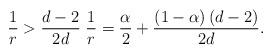
LaTeX: \begin{align*}\frac{1}{r}>\frac{d-2}{2d}\;\frac{1}{r}=\frac{\alpha}{2}+\frac{\left(1-\alpha\right)\left(d-2\right)}{2d}.\end{align*}